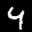
Label: 4